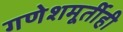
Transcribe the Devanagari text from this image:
गणेशमूर्तीही